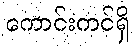
ကောင်းကင်ရှိ